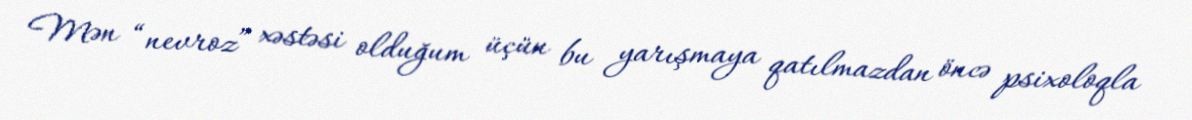
Mən “nevroz” xəstəsi olduğum üçün bu yarışmaya qatılmazdan öncə psixoloqla